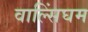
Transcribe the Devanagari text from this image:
वाल्सिंघम